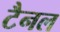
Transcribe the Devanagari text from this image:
टैनल